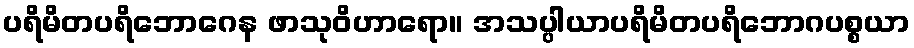
ပရိမိတပရိဘောဂေန ဖာသုဝိဟာရော။ အသပ္ပါယာပရိမိတပရိဘောဂပစ္စယာ